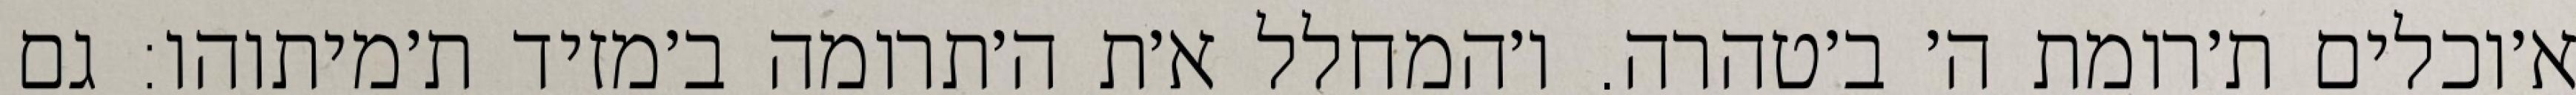
א׳וכלים ת׳רומת ה׳ ב׳טהרה. ו׳המחלל א׳ת ה׳תרומה ב׳מזיד ת׳מיתוהו: גם